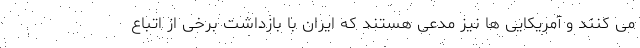
می کنند و آمریکایی ها نیز مدعی هستند که ایران با بازداشت برخی از اتباع